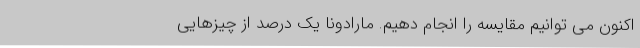
اکنون می توانیم مقایسه را انجام دهیم. مارادونا یک درصد از چیزهایی